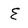
Character: E